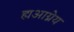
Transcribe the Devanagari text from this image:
ह्यआग्नेय